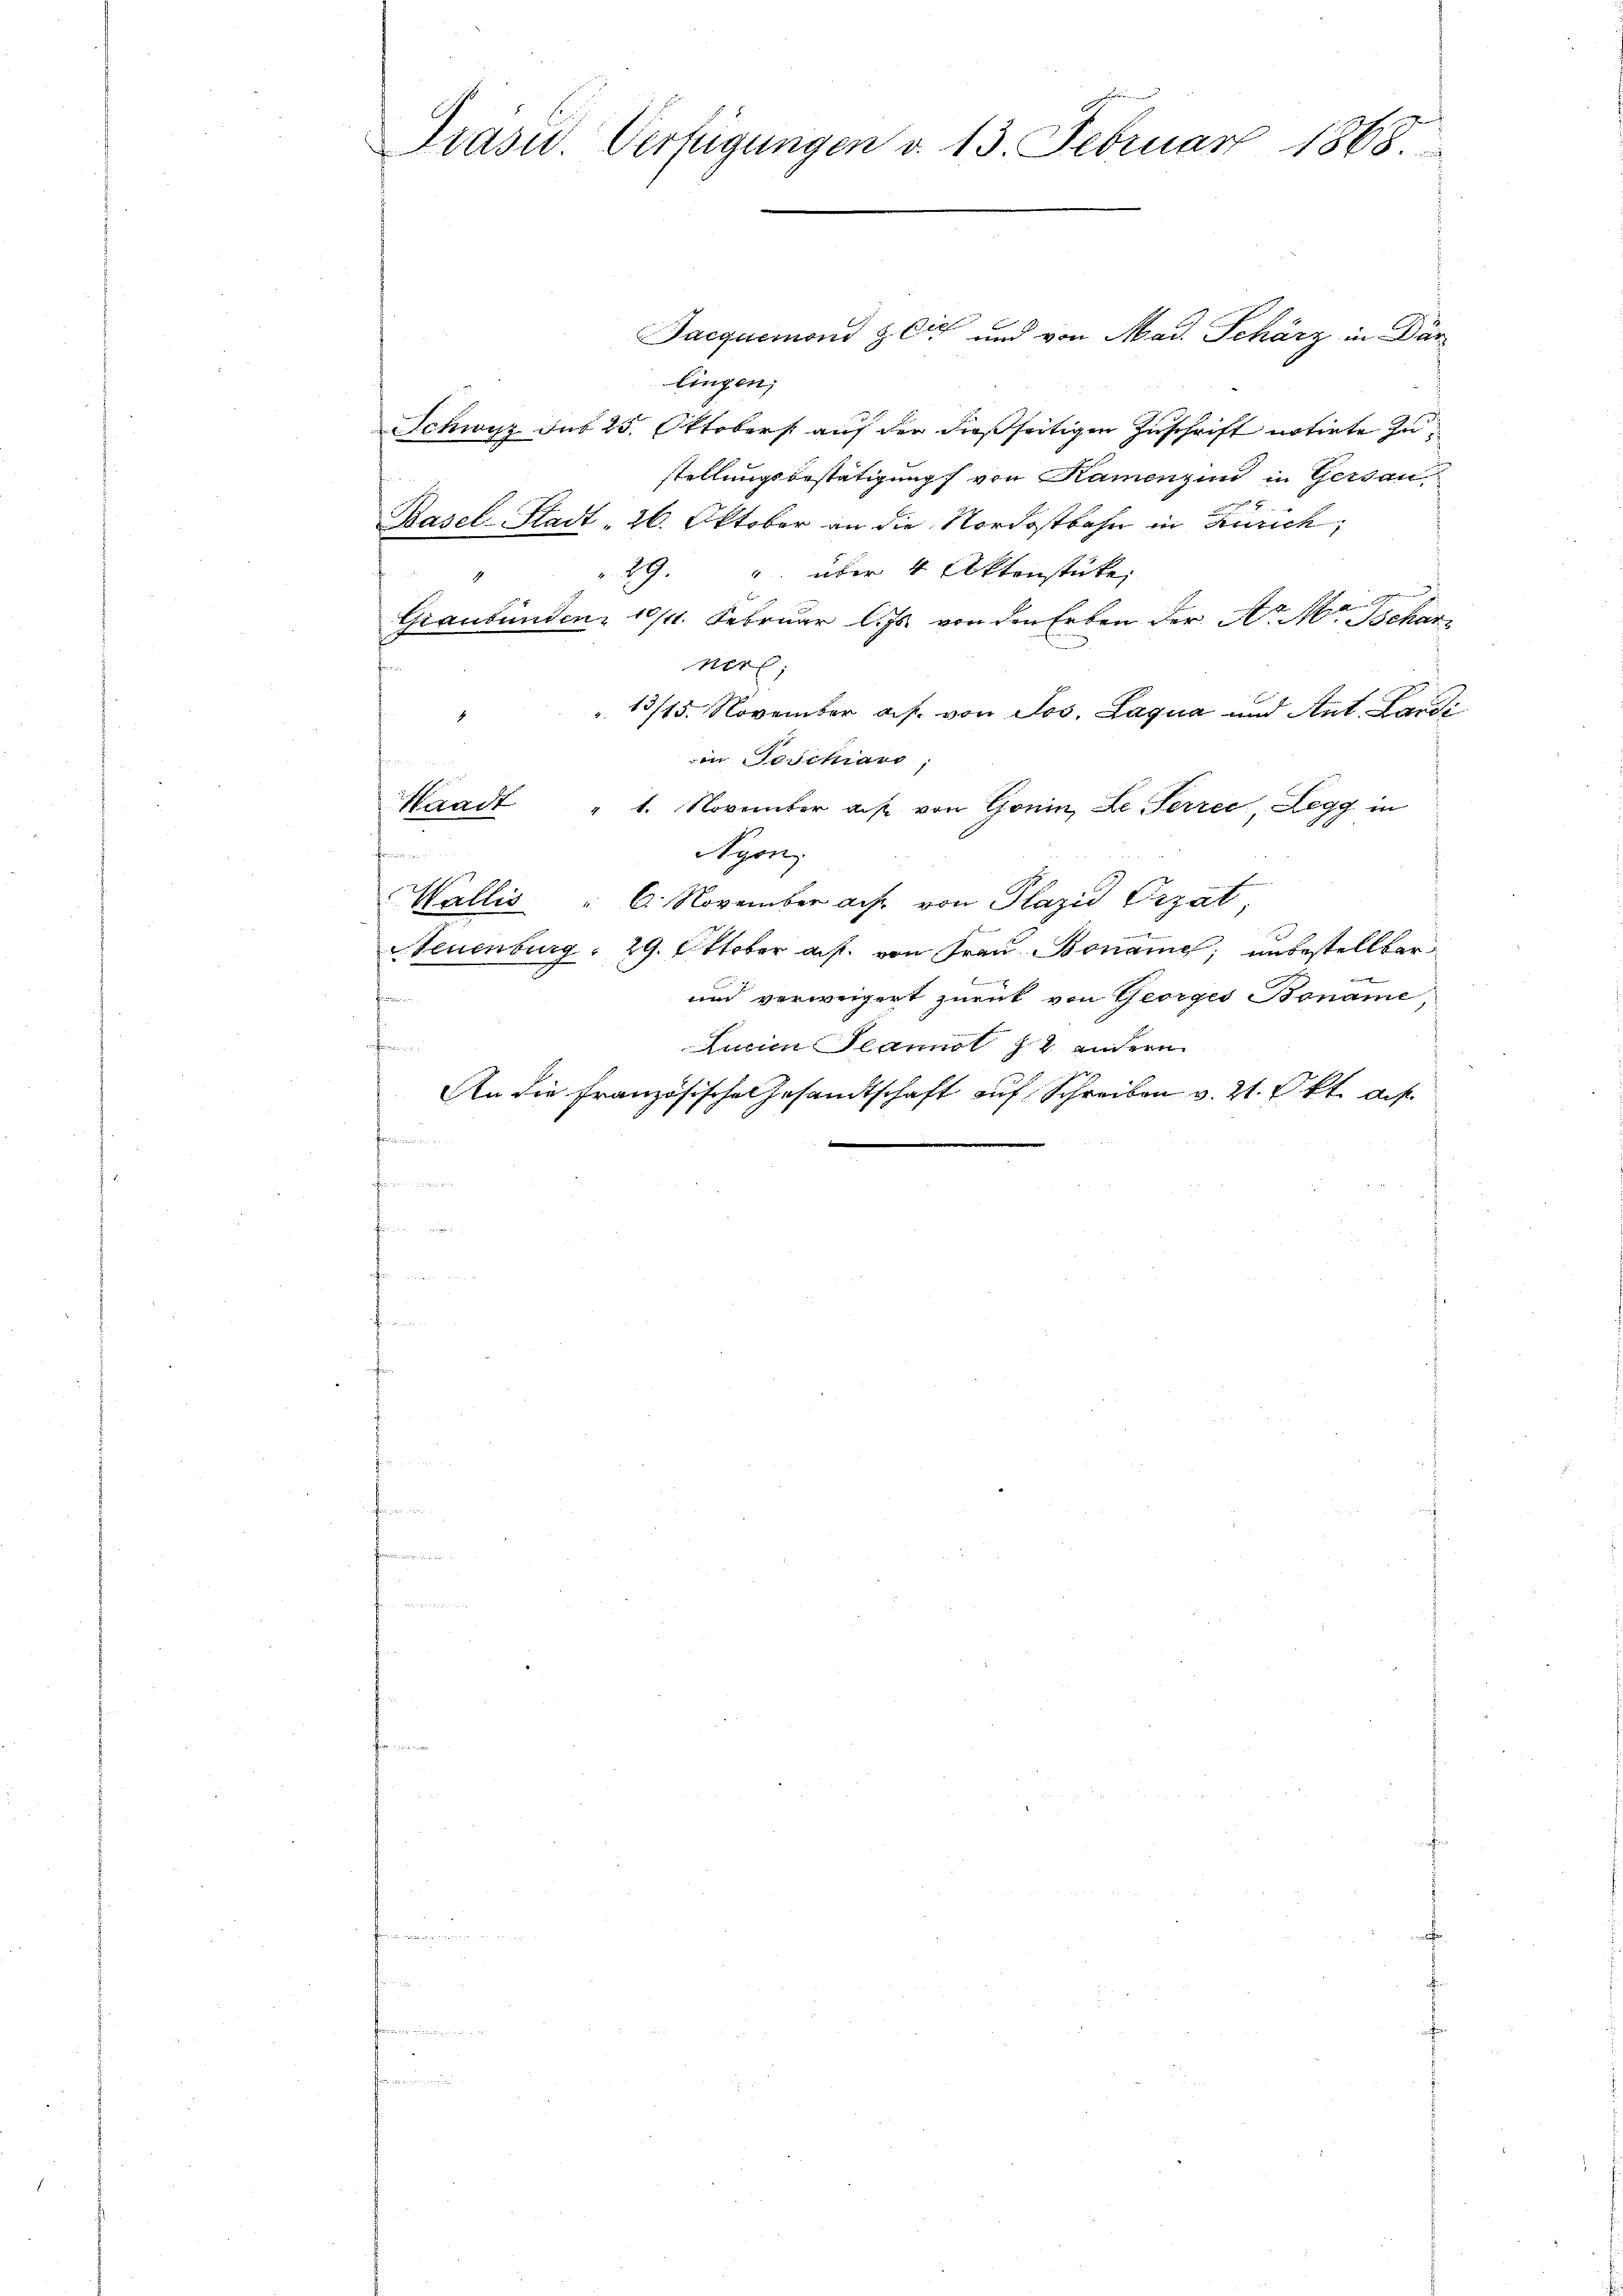
Grasu. Verfügungen d. 13. Februar 1868.

lingen;
Schwyz sub 25. Oktoberst auf der dießseitigen Zuschrift notirte zustellungsbestätigung von Namenzin in Gersau,
Basel-Stadt - 26. Oktober an die Nordostbahn in Zürich;
" 29. " über 4 Aktenstücke,
x

Graubünden 10/11. Februar l. Js. von den Erben der Nr M. Beharz
ner;
13/15. November a. f. von Jos. Laqua und Ant Lardi
in Teschiars;
Waadt " 1. November auf von Gonin, Le Perrec, Legg in
fe
Nyon
Wallis " 6. November ach von Plazić Vizat
Teuenburg 29. Oktober auf von Frau Boname; unbestellter
.
und verweigert zurück von Georges Boname
t
Lucian Jeannol 72 andern
An die Französische Gesandtschaft auf Schreiben v. 21. Okt. di
t
fin ver

Jacquemond & Cie und von Mad. Schärz in Dar¬